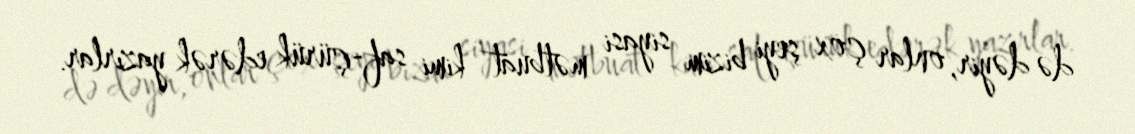
də dəyir, onlar çox şeyi bizim siyasi mətbuat kimi saf-çürük edərək yazırlar.